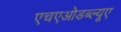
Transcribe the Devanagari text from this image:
एचएओडब्ल्यूए